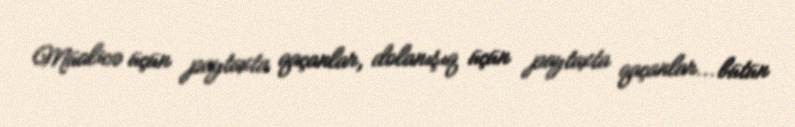
Müalicə üçün paytaxta qaçanlar, dolanışıq üçün paytaxta qaçanlar... bütün